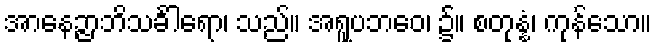
အာနေဉ္ဇာဘိသင်္ခါရော၊ သည်။ အရူပဘဝေ၊ ၌။ စတုန္နံ၊ ကုန်သော။